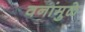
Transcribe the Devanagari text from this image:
वनांमुळे